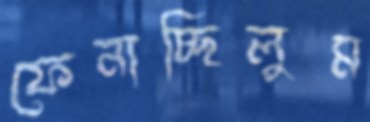
ফেনাচ্ছিলুম